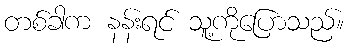
တစ်ခါက နန်းရင် သူ့ကိုပြောသည်။